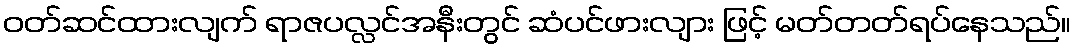
ဝတ်ဆင်ထားလျက် ရာဇပလ္လင်အနီးတွင် ဆံပင်ဖားလျား ဖြင့် မတ်တတ်ရပ်နေသည်။